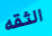
الثقه